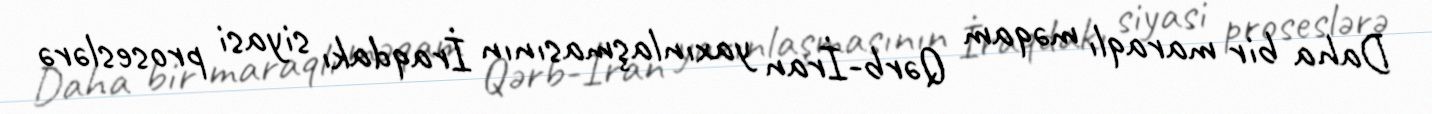
Daha bir maraqlı məqam Qərb-İran yaxınlaşmasının İraqdakı siyasi proseslərə